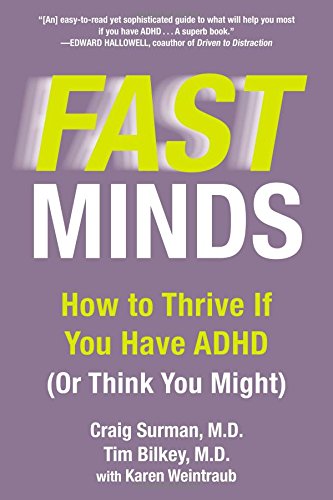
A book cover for Fast Minds: How to Thrive If You Have ADHD (Or Think You Might); Craig Surman; Parenting & Relationships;